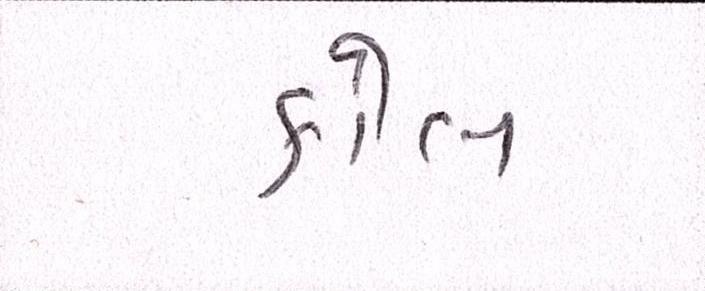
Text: કોલ